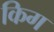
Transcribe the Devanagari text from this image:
किग